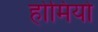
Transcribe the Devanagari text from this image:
होमियो